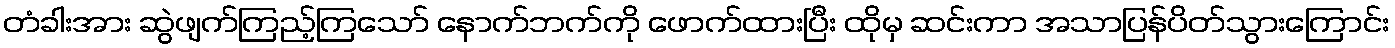
တံခါးအား ဆွဲဖျက်ကြည့်ကြသော် နောက်ဘက်ကို ဖောက်ထားပြီး ထိုမှ ဆင်းကာ အသာပြန်ပိတ်သွားကြောင်း